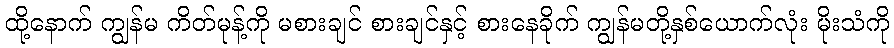
ထို့နောက် ကျွန်မ ကိတ်မုန့်ကို မစားချင် စားချင်နှင့် စားနေခိုက် ကျွန်မတို့နှစ်ယောက်လုံး မိုးသံကို